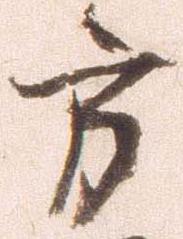
方